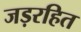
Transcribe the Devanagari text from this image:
जड़रहित